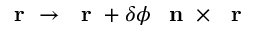
\mathrm { ~ \bf ~ r ~ } \to \mathrm { ~ \bf ~ r ~ } + \delta \phi \, \mathrm { ~ \bf ~ n ~ } \times \mathrm { ~ \bf ~ r ~ }